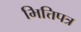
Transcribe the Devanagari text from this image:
भित्तिपत्र